Report on vaccination in the Province of Bengal - 1869-1873
Year: 1869
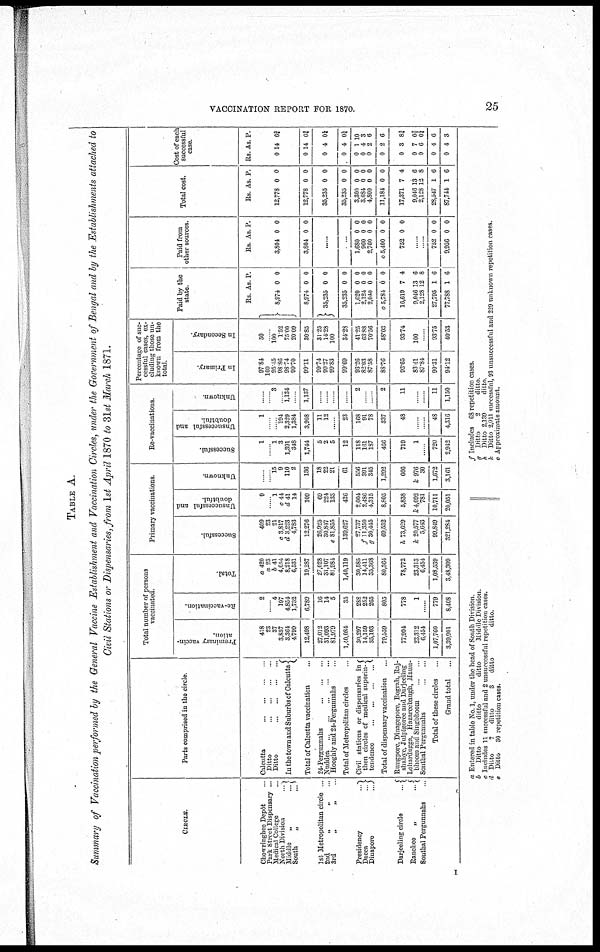
VACCINATION REPORT FOR 1870.
25
TABLE A.
Summary of Vaccination performed by the General Vaccine Establishment and Vaccination Circles, under the Government of Bengal and by the Establishments attached to
Civil Stations or Dispensaries, from 1st April 1870 to 31st March 1871.
CIRCLE.
Chowringhee Depôt ...
Park Street Dispensary ...
Medical College ...
North Division
...
Middle
„
...
South
„
...
1st Metropolitan circle ...
2nd
„
„ ...
3rd
„
„ ...
Presidency
...
Dacca
...
Dinapore
...
Darjeeling circle
...
Ranchee
„
...
Southal Pergunnahs ...
Parts comprised in the circle.
Calcutta
...
...
...
...
Ditto
...
...
...
...
Ditto...
...
...
...
In the town and Suburbs of Calcutta
Total of Calcutta vaccination ...
24 Pergunnahs
...
...
...
Nuddea
...
...
...
...
...
Hooghly and 24-Pergunnahs ...
Total of Metropolitan circles ...
Civil stations or dispensaries in
then circles of medical superin¬
tendence
...
...
...
...
Total of dispensary vaccination ...
Rungpore, Dmagepore, Bograh, Raj¬
shaliye, Julpigoree and Darjeeling
Lohardugga, Hazareebaugh, Maun¬
bhoom and Singbhoom ...
Sontbal Pergunnahs ... ...
Total of these circles ...
Grand total ...
Total number of persons
vaccinated.
Preminary vaccin-
ation.
418
23
37
3,857
3,364
4799
12,498
27,012
31,093
81,979
1,40,084
30,297
14,159
35,103
79,559
77,994
23,312
6,454
1,07,760
3,39,901
Re-vaccination.
2
...... 4
197
4,854
1,732
6,789
16
14
5
35
288
252
265
805
778
1
......
779
8,408
Total.
a 420
a 23
b 41
4,054
8,218
6,531
19,287
27,028
31,107
81,981
1,40,119
30,585
14,111
35,368
80,364
78,772
23,313
6,454
1,08,539
3,48,309
Primary vaccinations.
Successful.
409
23
21
c 3,817
d 3,223
4,783
12,276
26,825 30,847 c 81,855
139,627
27,737
f 11,350
g 30,445
69,532
h 73,629
k 20,577
5,643
99,849
321,284
Unsuccessful and
doubtful.
9
......
1
c 44
d 41
14
109
69
224
133
426
2,004
2,486
4,315
8,805
5,838
k 4,092
781
10,711
20,051
Unknown.
......
...... 15
9
110
2
136
18
22
21
61
556
391
345
1,292
666
k 976
30
1,672
3,161
Re-vaccinations.
Successful.
1
......
1
3
1,391
348
1,744
5
2
5
12
118
161
187
466
719
1
......
720
2,942
Unsuccessful and
doubtful.
1
......
......
194
2,329
1,384
3,908
11
12
......
23
168
91
78
337
48
......
......
48
4,316
Unknown.
......
...... 3
...... 1,134
......
1,137
......
......
......
......
2
......
......
2
11
...
...
11
1,150
Percentage of suc-
cessful cases, ex-
cluding those un-
known from the
total
In Primary.
97.84
100
95.15
98.86
98.74
99.70
99.11
99.74
99.27
99.83
99.69
93.26
82.03
87.58
88.76
92.65
83.41
87.84
90.31
94.12
In Secondary.
50
...... 100
1.52
75.00
20.09
30.85
31.25
14.28
100
34.28
41.25
63.88
70.56
58.03
93.74
100
......
93.75
40.53
Paid by the
state.
Rs.
8,974
8,974
35,235
35,235
1,620
2,124
2,040
o 5,784
16,619
9,046
2,128
27,795
77,788
As.
0
0
0
0
0
0
0
0
7
13
12
1
1
P.
0
0
0
0
0
0
0
0
4
6
8
6
6
Paid from
other sources.
Rs.
3,804
3,804
As.
0
0
P.
0
0
......
......
1,680
960
2,760
o 5,400
752
0
0
0
0
0
0
0
0
0
0
......
752
9,956
0
0
0
0
Total cost.
Rs.
12,778
12,778
35,235
35,235
3,300
3,084
4,800
11,184
17,371
9,046
2,128
28,547
87,744
As.
0
0
0
0
0
0
0
0
7
13
12
1
1
P.
0
0
0
0
0
0
0
0
4
6
8
6
6
Cost of each
successful
case.
Rs.
0
0
0
0
0
0
0
0
0
0
0
0
0
As.
14
14
4
4
1
4
2
2
3
7
6
4
4
P.
6¾
6¾
0¼
0¼
10
3
6
6
8¾
0¾
0¼
6
3
a Entered in table No. 1, under the head of South Division.
b
Ditto
ditto
ditto
Middle Division.
c Includes 11 successful and 2 unsuccessful repetition cases.
d Ditto
7
ditto
3
ditto
ditto.
e Ditto
30 repetition cases.
f Includes 68 repetition cases.
g Ditto
2
ditto.
h Ditto
2,139
ditto.
k Ditto 2,011 successful, 93 unsuccessful and 229 unknown repetition cases.
o Approximate amount.
I